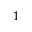
1